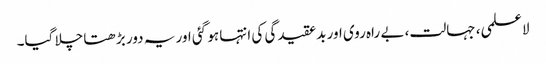
لاعلمی، جہالت، بے راہ روی اور بدعقیدگی کی انتہا ہو گئی اور یہ دور بڑھتا چلا گیا۔